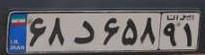
۶۸د۶۵۸۹۱